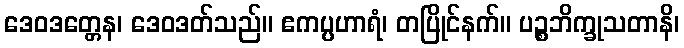
ဒေဝဒတ္တေန၊ ဒေဝဒတ်သည်။ ဧကပ္ပဟာရံ၊ တပြိုင်နက်။ ပဉ္စဘိက္ခုသတာနိ၊